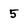
Character: 5